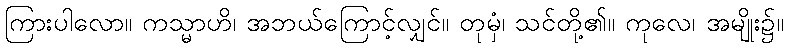
ကြားပါလော။ ကသ္မာဟိ၊ အဘယ်ကြောင့်လျှင်။ တုမှံ၊ သင်တို့၏။ ကုလေ၊ အမျိုး၌။